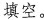
填空。